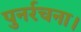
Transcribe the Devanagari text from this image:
पुनर्रचना।